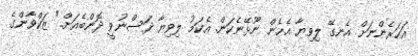
އަހަރެންނަށް އެނގޭ ލިވިޔާ އެހެން ނޫޅޭނެކަން. އެކަމު ލިވިޔާ ދަސްނުވީ ދޮންބެއަށް.." ޒަކްވާންގެ